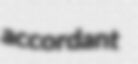
accordant